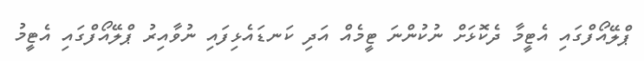
ޕްލޭއޯފްގައި އެޓީމާ ދެކޮޅަށް ނުކުންނަ ޓީމެއް އަދި ކަނޑައެޅިފައި ނުވާއިރު ޕްލޭއޯފްގައި އެޓީމު